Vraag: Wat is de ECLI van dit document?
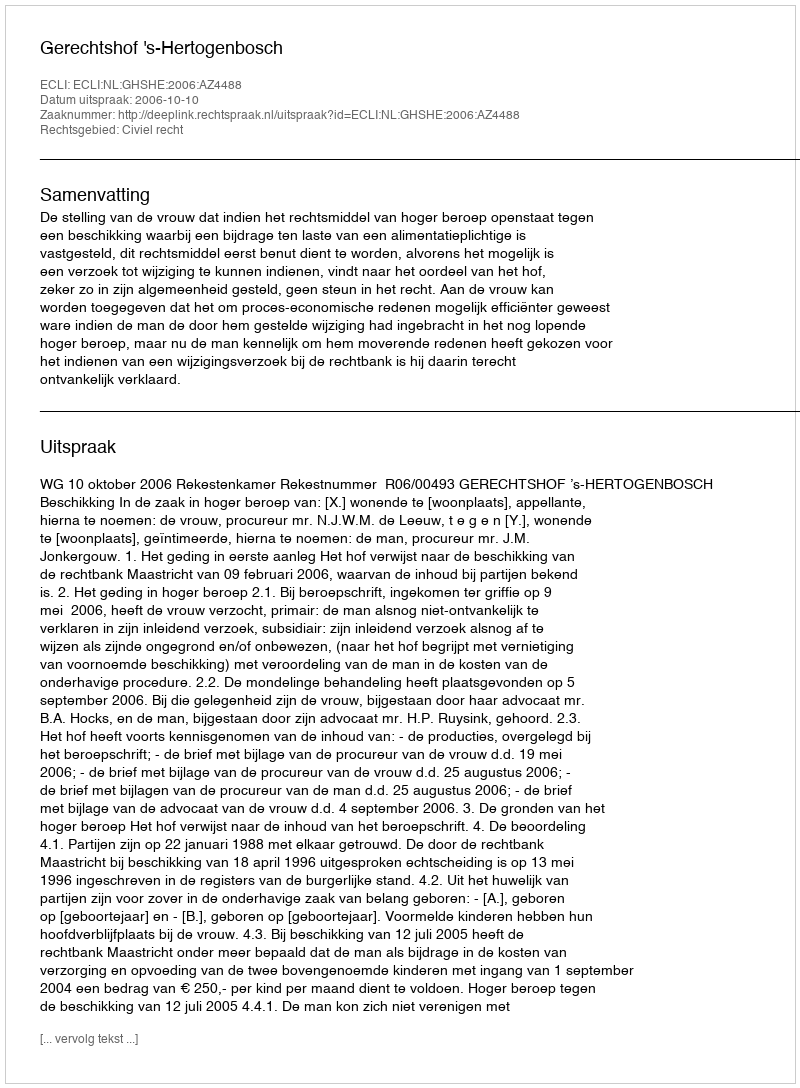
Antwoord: ECLI:NL:GHSHE:2006:AZ4488